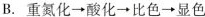
A. 重淡化\rightarrow酸化\rightarrow比色\rightarrow显色